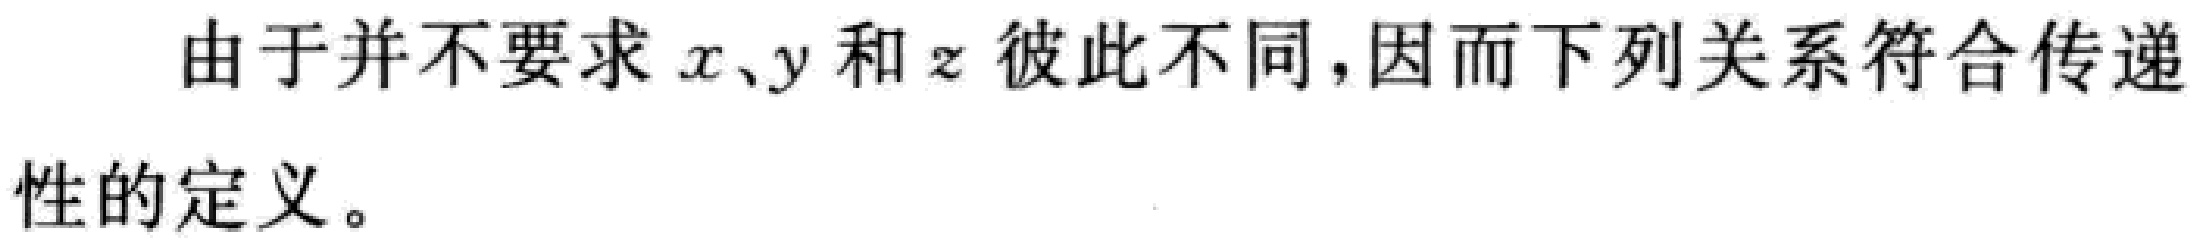
由于并不要求 \(x、y\) 和 \(z\) 彼此不同，因而下列关系符合传递性的定义。